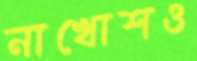
নাখোশও